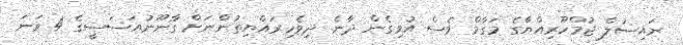
ރައިސުލް ޖުމްހޫރިއްޔާގެ މަގާމް ވެސް އުވިގެން ދާނެ. ދިވެހިރައްޔިތުންނަށް ގާނޫނުއަސަސީގެ 4 ވަނަ